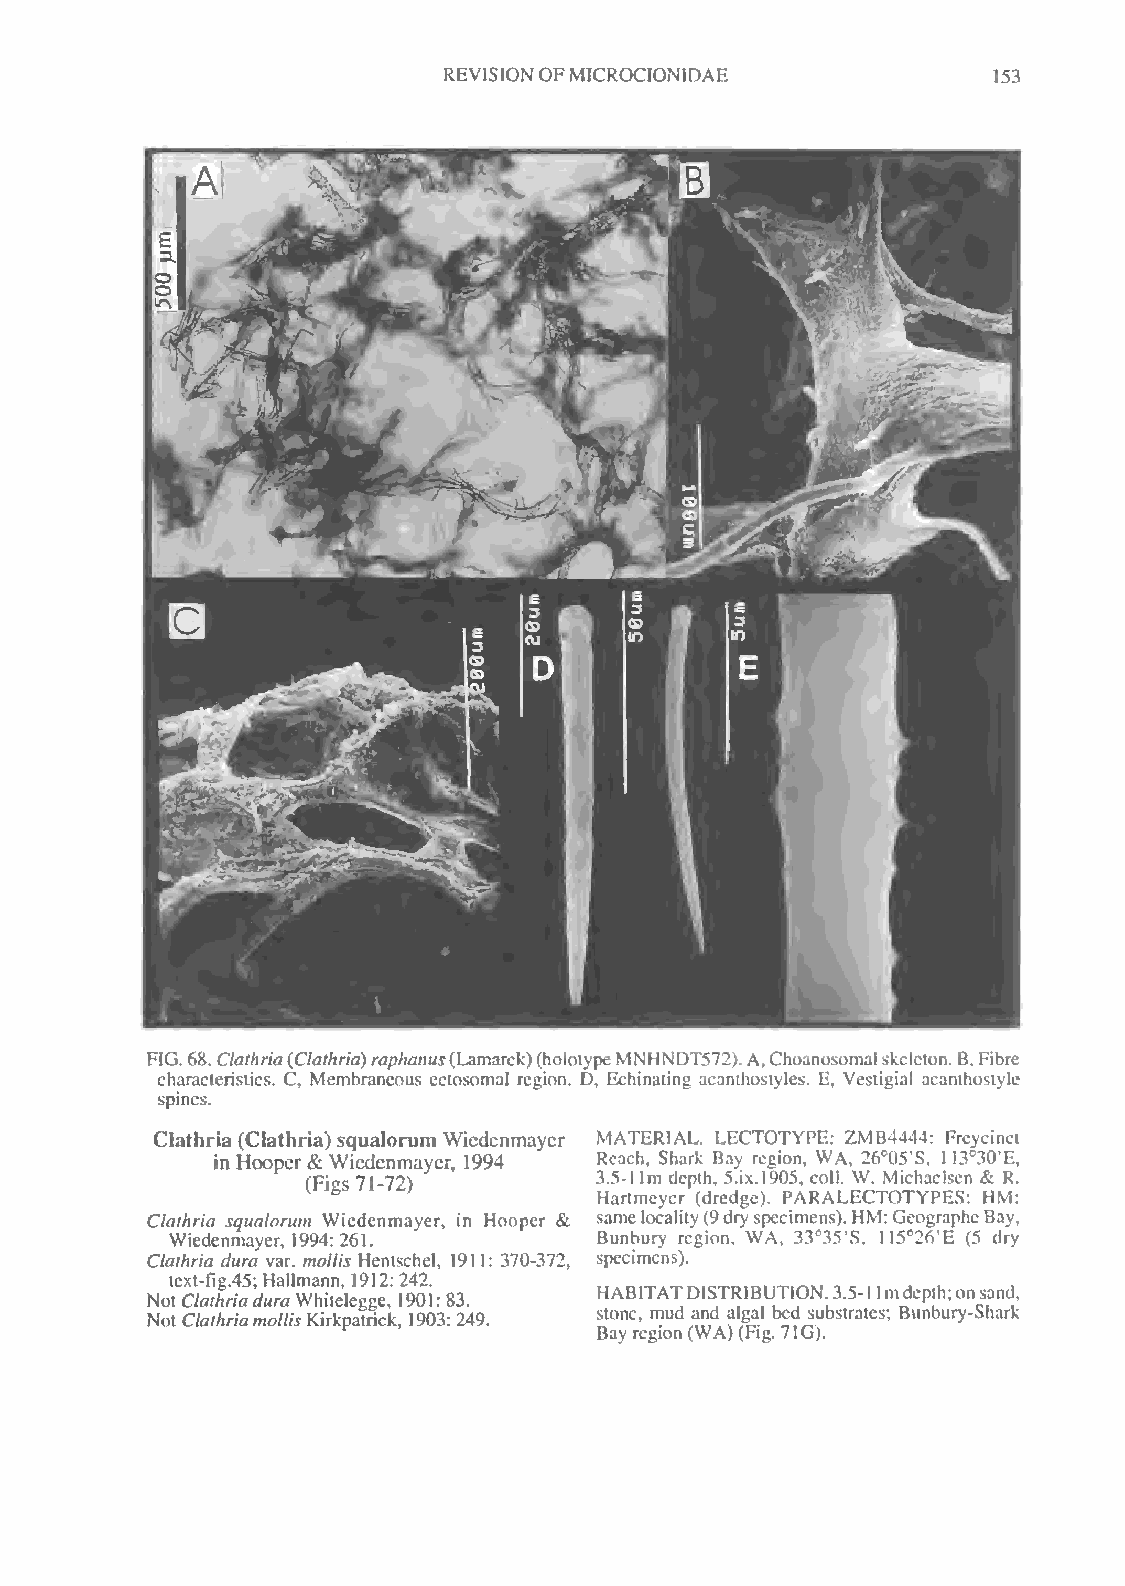
REVISIONOFMICROCIONIDAE
 153
 FIG.68. Clathria(Clathria)raphanus(Lamarck)(holotypeMNHNDT572).A,Choanosomalskeleton. B,Fibre
 characteristics. C, Membraneous ectosomal region. D, Echinating aeamhostyles. E, Vesligial acanihostyle
 spines.
 Clathria (Clathria) squalorum Wiedenmayer MATERIAL. LECTOTYPE: ZMB4444: Freycinei
 in Hooper (& FiW gi se 7d 1e -n 7m 2a )yer, 1994 R 3.e 5a -c 1h !, mSh da epr tk h,Ba 5.y ixr .e lg 9i 0o 5n ,, cW olA l., W2 .6° M0 i5 c' hS a, el1 sI e3 n°3 &0'E R.,
 Hartmeycr (dredge). PARALECTOTYPES: HM:
 Clathria squalorum Wiedenmayer, in Hooper & samelocality(9dryspecimens).HM: GeographcBay,
 Wiedenmayer, 1994: 261.     Bunbury region, WA, 33°35'S, 115°26,E (5 dry
 Clathria dura var. mollis Hentschel, 1911: 370-372, specimens).
 Notte Cx lt a-f ti hg r. i4 a5; duH ra all Wm ha in tn e, le1 g9 g1 e2 ,: 12 94 02 1.
 : 83.
 HABITATDISTRIBUTION.3.5-1 lmdepth;onsand,
 Not ClathriamollisKirkpatrick, 1903: 249. stone, mud and algal bed substrates; Bunbury-Shark
 Bayregion(WA)(Fig. 71G).